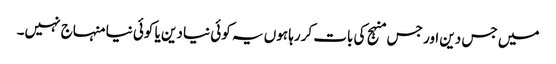
میں جس دین اور جس منہج کی بات کررہا ہوں یہ کوئی نیا دین یا کوئی نیا منہاج نہیں۔